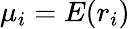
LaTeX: {\mu_{i}}=E(r_{i})